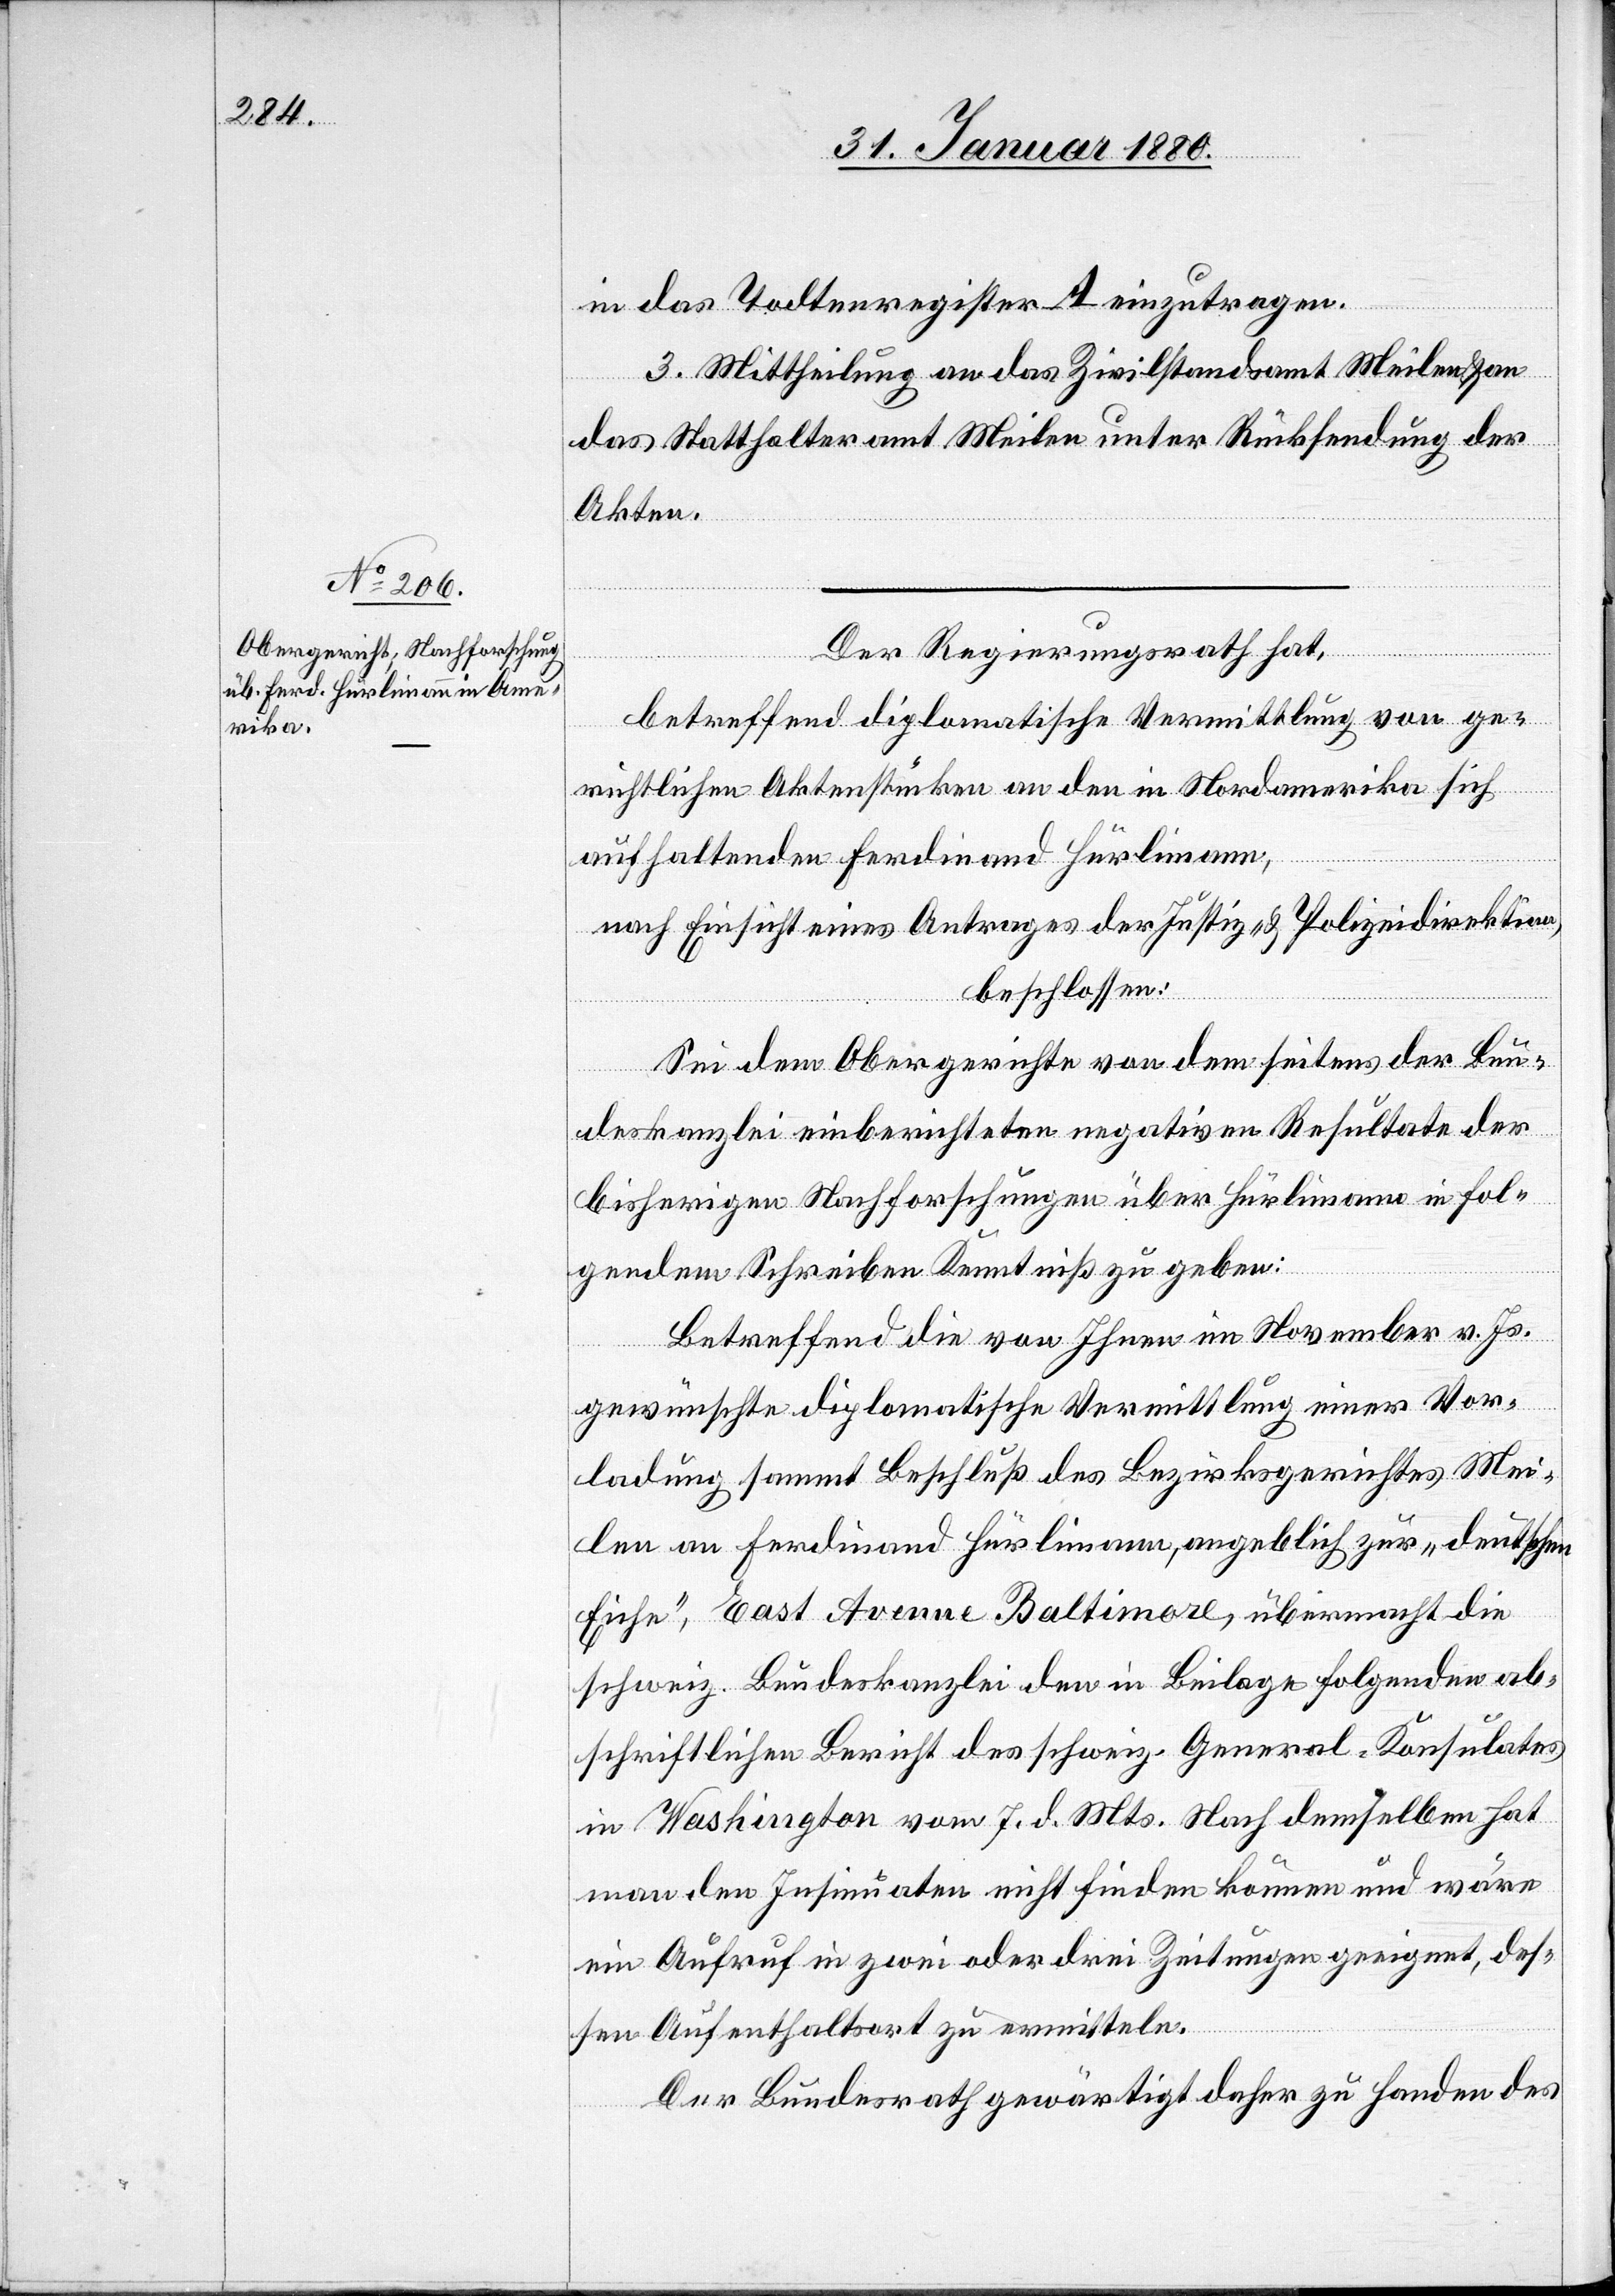
in das Todtenregister A einzutragen.
3. Mittheilung an das Zivilstandsamt Meilen & an
das Statthalteramt Meilen unter Rücksendung der
Akten.
Der Regierungsrath hat,
betreffend diplomatische Vermittlung von ge¬
richtlichen Aktenstücken an den in Nordamerika sich
aufhaltenden Ferdinand Hürlimann,
nach Einsicht eines Antrages der Justiz- & Polizeidirektion,
beschlossen:
Sei dem Obergerichte von dem seitens der Bun¬
deskanzlei einberichteten negativen Resultate der
bisherigen Nachforschungen über Hürlimann in fol¬
gendem Schreiben Kenntniß zu geben:
Betreffend die von Ihnen im November v. Js.
gewünschte diplomatische Vermittlung einer Vor¬
ladung sammt Beschluß des Bezirksgerichtes Mei¬
len an Ferdinand Hürlimann, angeblich zur „deutschen
Eiche“, East Avenue Baltimore, übermacht die
schweiz. Bundeskanzlei den in Beilage folgenden ab¬
schriftlichen Bericht des schweiz. General-Konsulates
in Washington vom 7. d. Mts. Nach demselben hat
man den Insinuaten nicht finden können und wäre
ein Aufruf in zwei oder drei Zeitungen geeignet, des¬
sen Aufenthalt zu ermitteln.
Der Bundesrath gewärtigt daher zu Handen des